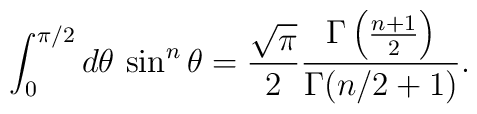
\int _{0}^{\pi /2}d\theta \, \sin ^n\theta =\frac{\sqrt{\pi }}{2}\frac{\Gamma \left( \frac{n+1}{2}\right)}{\Gamma (n/2+1)} .